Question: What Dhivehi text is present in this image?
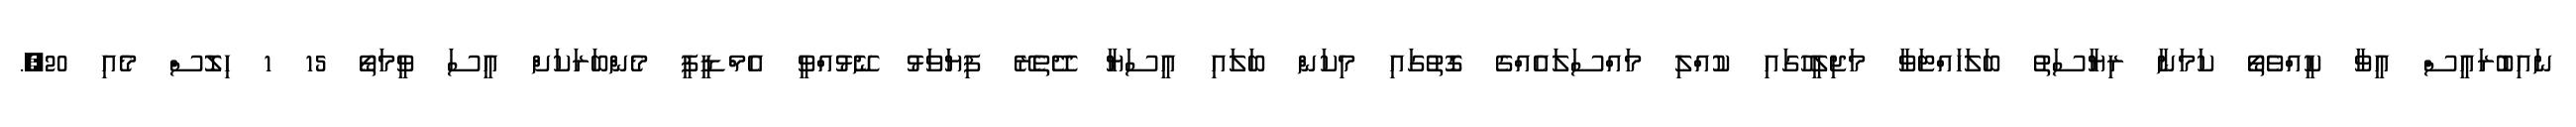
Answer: ނައިބުރައީސް އީވާ ކީއްވެތޯ ކަމަނާ ރިޔާސަތު ބަލަހައްޓަވާ މަޖިލީހުގައި ކުއްލި މައްސަލައެއްގެ ގޮތުގައި މިކަން ބަލައި އީސަޔާ ދޭތެރޭ ފިޔަވަޅު ނޭޅުއްވީ އެމްޑީޕީ މެންބަރަކަށް އީސަ ވީމަތޯ 15 1 ހިލޮސް މެއި 20,.